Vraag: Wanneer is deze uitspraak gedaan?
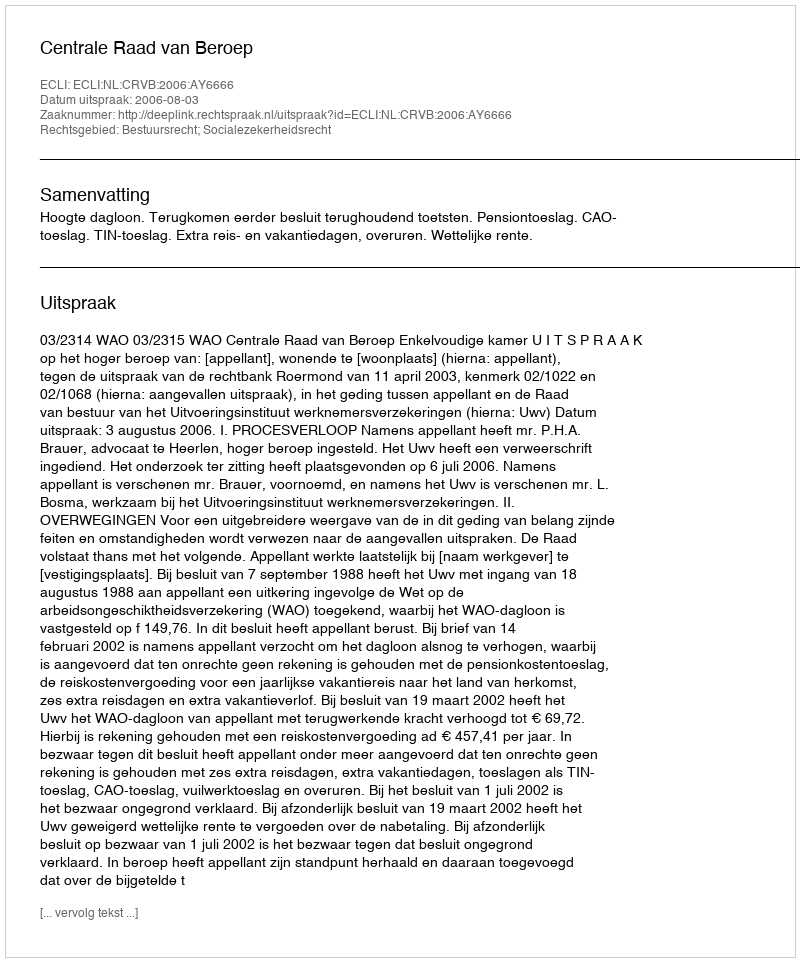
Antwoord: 2006-08-03